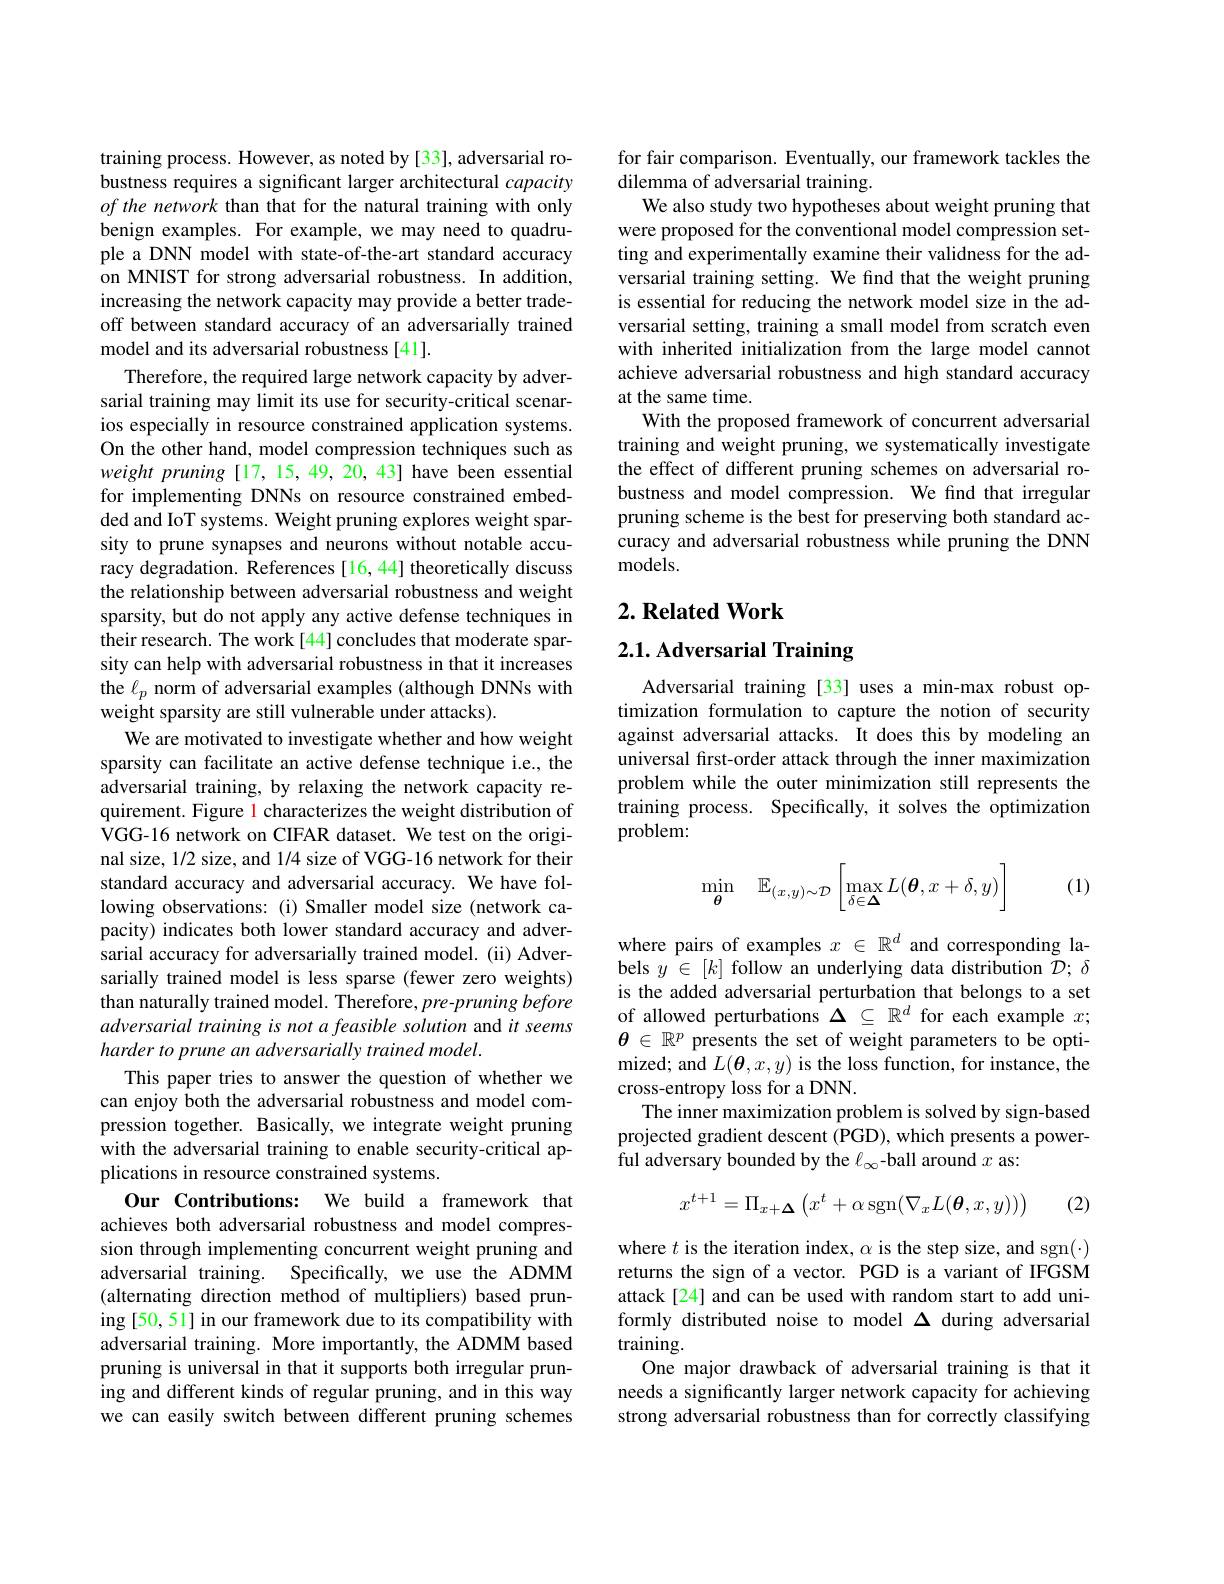
training process. However, as noted by [33], adversarial robustness requires a significant larger architectural capacity of the network than that for the natural training with only benign examples. For example, we may need to quadruple a DNN model with state-of-the-art standard accuracy on MNIST for strong adversarial robustness. In addition, increasing the network capacity may provide a better tradeoff between standard accuracy of an adversarially trained model and its adversarial robustness [41].
Therefore, the required large network capacity by adversarial training may limit its use for security-critical scenarios especially in resource constrained application systems. On the other hand, model compression techniques such as weight pruning [17,15,49,20,43] have been essential for implementing DNNs on resource constrained embedded and IoT systems. Weight pruning explores weight sparsity to prune synapses and neurons without notable accuracy degradation. References [16, 44] theoretically discuss the relationship between adversarial robustness and weight sparsity, but do not apply any active defense techniques in their research. The work[44] concludes that moderate sparsity can help with adversarial robustness in that it increases the $\ell_p$ norm of adversarial examples (although DNNs with weight sparsity are still vulnerable under attacks).
We are motivated to investigate whether and how weight sparsity can facilitate an active defense technique i.e., the adversarial training, by relaxing the network capacity requirement. Figure 1 characterizes the weight distribution of VGG-16 network on CIFAR dataset. We test on the original size, 1/2 size, and 1/4 size of VGG-16 network for their standard accuracy and adversarial accuracy. We have following observations: (i) Smaller model size (network capacity) indicates both lower standard accuracy and adversarial accuracy for adversarially trained model. (ii) Adversarially trained model is less sparse (fewer zero weights) than naturally trained model. Therefore, pre-pruning before adversarial training is not a feasible solution and it seems harder to prune an adversarially trained model.
This paper tries to answer the question of whether we can enjoy both the adversarial robustness and model compression together. Basically, we integrate weight pruning with the adversarial training to enable security-critical applications in resource constrained systems.
Our Contributions: We build a framework that achieves both adversarial robustness and model compression through implementing concurrent weight pruning and adversarial training. Specifically, we use the ADMM (alternating direction method of multipliers) based pruning [50, 51] in our framework due to its compatibility with adversarial training. More importantly, the ADMM based pruning is universal in that it supports both irregular pruning and different kinds of regular pruning, and in this way we can easily switch between different pruning schemes

for fair comparison. Eventually, our framework tackles the
dilemma of adversarial training.
We also study two hypotheses about weight pruning that were proposed for the conventional model compression setting and experimentally examine their validness for the adversarial training setting. We find that the weight pruning is essential for reducing the network model size in the adversarial setting, training a small model from scratch even with inherited initialization from the large model cannot achieve adversarial robustness and high standard accuracy at the same time.
With the proposed framework of concurrent adversarial training and weight pruning, we systematically investigate the effect of different pruning schemes on adversarial robustness and model compression. We find that irregular pruning scheme is the best for preserving both standard accuracy and adversarial robustness while pruning the DNN models.

## $2. \textbf{Related Work}$

2.1. Adversarial Training

Adversarial training [33] uses a min-max robust optimization formulation to capture the notion of security against adversarial attacks. It does this by modeling an universal first-order attack through the inner maximization problem while the outer minimization still represents the training process. Specifically, it solves the optimization problem:
$$\min_{\boldsymbol{\theta}}\quad\mathbb{E}_{(x,y)\sim\mathcal{D}}\left[\max_{\delta\in\boldsymbol{\Delta}}L(\boldsymbol{\theta},x+\delta,y)\right]$$
(1)

where pairs of examples $x\in\mathbb{R}^d$ and corresponding labels $y\in[k]$ follow an underlying data distribution $\mathcal{D};\delta$ is the added adversarial perturbation that belongs to a set of allowed perturbations $\Delta\subseteq\mathbb{R}^d$ for each example $x;$ $\theta\in\mathbb{R}^p$ presents the set of weight parameters to be optimized; and $L(\boldsymbol{\theta},x,y)$ is the loss function, for instance, the cross-entropy loss for a DNN.
The inner maximization problem is solved by sign-based projected gradient descent (PGD), which presents a powerful adversary bounded by the $\ell_\infty$-ball around $x$ as:
$$x^{t+1}=\Pi_{x+\Delta}\left(x^{t}+\alpha\operatorname{sgn}(\nabla_{x}L(\boldsymbol{\theta},x,y))\right)$$
(2)

where $t$ is the iteration index, $\alpha$ is the step size, and sgn($\cdot)$ returns the sign of a vector. PGD is a variant of IFGSM attack[24] and can be used with random start to add uniformly distributed noise to model $\Delta$ during adversarial training.
One major drawback of adversarial training is that it needs a significantly larger network capacity for achieving strong adversarial robustness than for correctly classifying